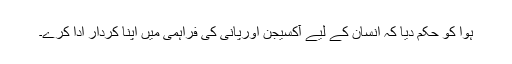
ہَوا کو حکم دیا کہ انسان کے لیے آکسیجن اورپانی کی فراہمی میں اپنا کردار ادا کرے۔